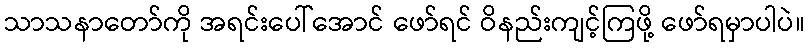
သာသနာတော်ကို အရင်းပေါ်အောင် ဖော်ရင် ဝိနည်းကျင့်ကြဖို့ ဖော်ရမှာပါပဲ။